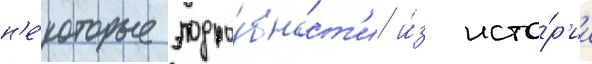
н'е́которые подро́бност'и и́з исто́р'ии